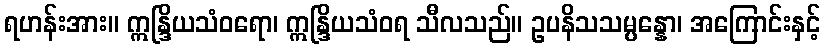
ရဟန်းအား။ ဣန္ဒြိယသံဝရော၊ ဣန္ဒြိယသံဝရ သီလသည်။ ဥပနိသသမ္ပန္နော၊ အကြောင်းနှင့်